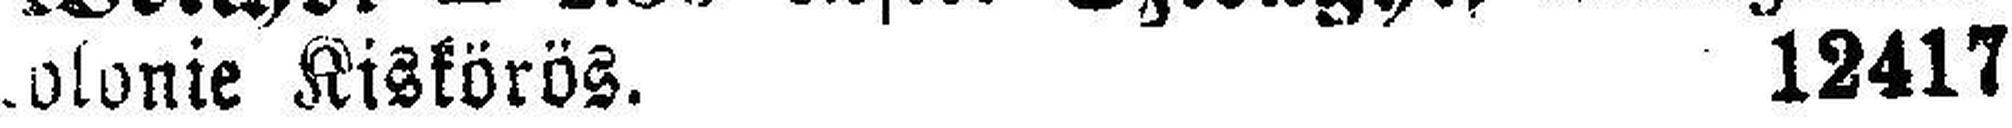
olonie Kiskörös. 12417